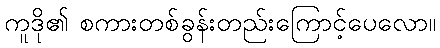
ကူဒို၏ စကားတစ်ခွန်းတည်းကြောင့်ပေလော။